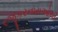
રજૂકરનારાઓથી